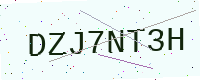
Text: DZJ7NT3H